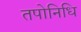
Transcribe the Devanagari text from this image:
तपोनिधि